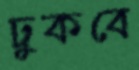
ঢুকবে